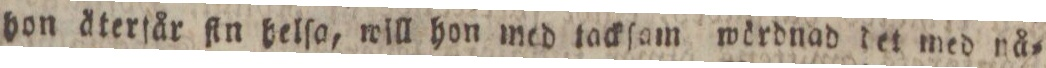
hon återſår ſin belſo, will hon med tackſam wördnad det med nå=